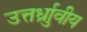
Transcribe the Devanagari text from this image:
उत्तर्ध्राुवीय